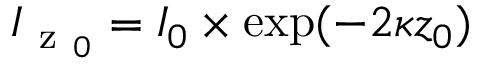
I _ { \mathrm { ~ z ~ } _ { 0 } } = I _ { 0 } \times \exp ( - 2 \kappa z _ { 0 } )